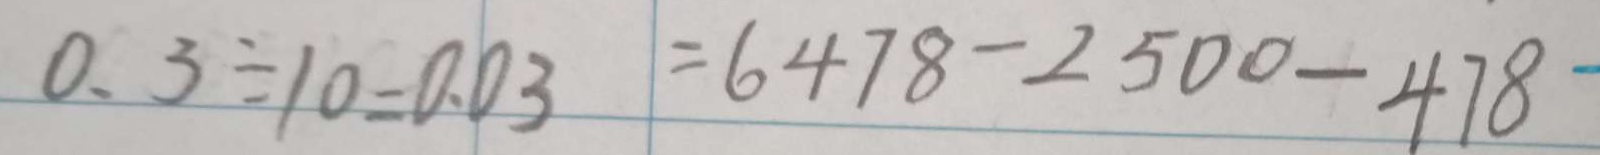
0 . 3 \div 1 0 = 0 . 0 3 = 6 4 7 8 - 2 5 0 0 - 4 7 8